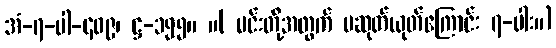
အံ-၇-ပါ-၄၀၉၊ ဋ္ဌ-၁၅၅။ ။( မင်းတို့အတွက် မဆုတ်ယုတ်ကြောင်း ၇-ပါး။)